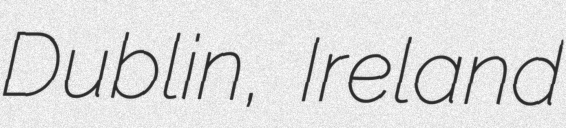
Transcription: Dublin, Ireland